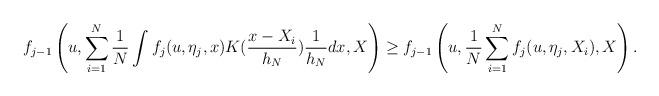
LaTeX: \begin{align*} f_{j-1}\left(u,\sum_{i=1}^N\frac{1}{N}\int f_j(u,\eta_j, x)K(\frac{x-X_i}{h_N})\frac{1}{h_N}dx, X \right) \geq f_{j-1}\left(u, \frac{1}{N}\sum_{i=1}^N f_j(u,\eta_j, X_i), X \right).\end{align*}